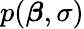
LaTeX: p({\boldsymbol{\beta}},\sigma)